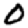
Digit: 0